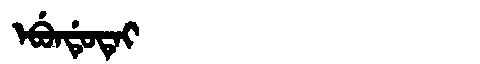
Manchu: ᡝᠪᡠᠨᡩᡠᡨᡝᡳ
Romanization: EBUNDUTEI